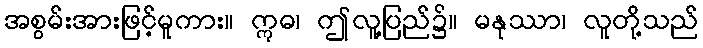
အစွမ်းအားဖြင့်မူကား။ ဣဓ၊ ဤလူ့ပြည်၌။ မနုဿာ၊ လူတို့သည်